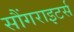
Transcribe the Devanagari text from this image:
सौंगराइटर्स